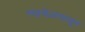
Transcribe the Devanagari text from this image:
त्यावेळपासून